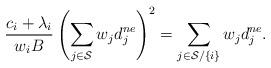
LaTeX: \begin{align*}\frac{c_i+\lambda_i}{w_iB}\left(\sum_{j \in \mathcal {S}}w_jd_j^{ne}\right)^2=\sum_{j \in \mathcal {S}/\{i\}}w_jd_j^{ne}.\end{align*}